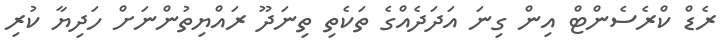
ރެޑް ކްރެސެންޓް އިން ގިނަ އަދަދެއްގެ ތަކެތި ތިނަދޫ ރައްޔިތުންނަށް ހަދިޔާ ކުރި